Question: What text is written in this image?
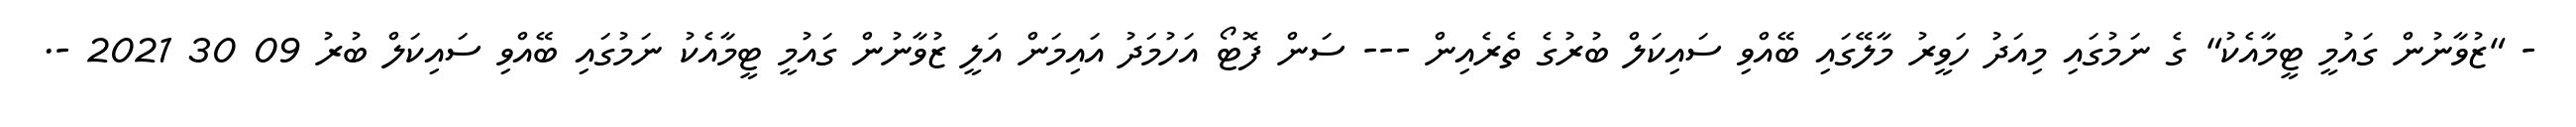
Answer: - "ޒުވާނުން ގައުމީ ޓީމާއެކު" ގެ ނަމުގައި މިއަދު ހަވީރު މާލޭގައި ބޭއްވި ސައިކަލް ބުރުގެ ތެރެއިން --- ސަން ފޮޓޯ އަހުމަދު އައިމަން އަލީ ޒުވާނުން ގައުމީ ޓީމާއެކު ނަމުގައި ބޭއްވި ސައިކަލް ބުރު 09 30 2021 -.